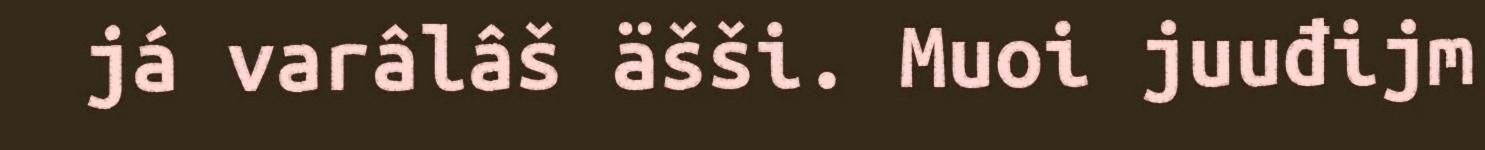
já varâlâš äšši. Muoi juuđijm